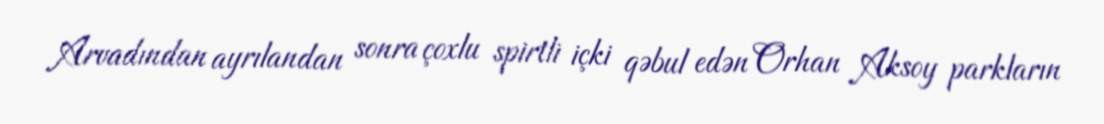
Arvadından ayrılandan sonra çoxlu spirtli içki qəbul edən Orhan Aksoy parkların